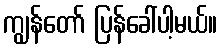
ကျွန်တော် ပြန်ခေါ်ပါ့မယ်။